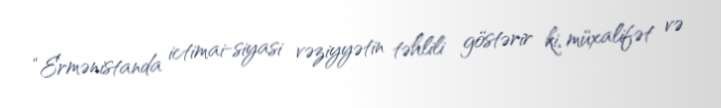
“Ermənistanda ictimai-siyasi vəziyyətin təhlili göstərir ki, müxalifət və